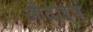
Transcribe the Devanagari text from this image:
औदार्यं